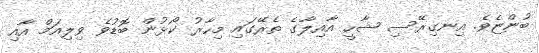
ބުންޏެވެ. އިނގިރޭސި ޝާހީ އާއިލާގެ ތެރޭގައި މިހާރު ކޯޅުން ބޮޑުވެ ވިލިއަމް އާއި